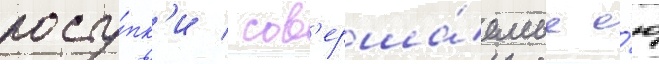
посту́пк'и / сов'ерша́емые е́ю